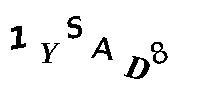
1YSAD8